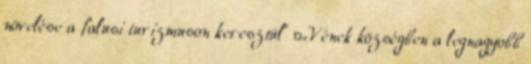
növelése a falusi turizmuson keresztül” ▪„Vének községben a legnagyobb